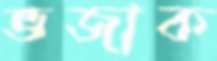
ভজাক